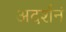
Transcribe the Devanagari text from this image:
अदर्शनं